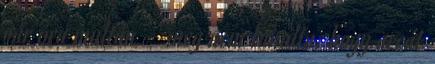
pár óra multán – meg nem tanulta, hogy arcát